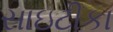
સાઇટીકા